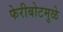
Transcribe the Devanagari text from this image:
फेरीबोटमुळे